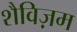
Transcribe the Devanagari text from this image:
शैविज़म